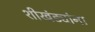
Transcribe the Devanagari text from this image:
शीखंड्यांना